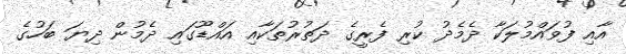
އާއި ފުވައްމުލަކާ ދެމެދު ކުރި ފެރީގެ ދަތުރުތަކާއި އައްޑޫގައި ދެމުން ދިޔަ ބަހުގެ